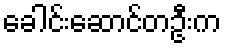
ခေါင်းဆောင်တဦးက